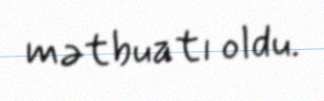
mətbuatı oldu.